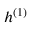
h ^ { ( 1 ) }